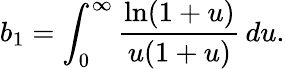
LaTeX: b_{1}=\int_{0}^{\infty}\frac{\ln(1+u)}{u(1+u)}\, du.